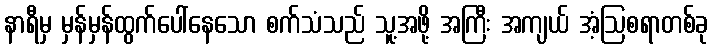
နာရီမှ မှန်မှန်ထွက်ပေါ်နေသော စက်သံသည် သူ့အဖို့ အကြီး အကျယ် အံ့ဩစရာတစ်ခု